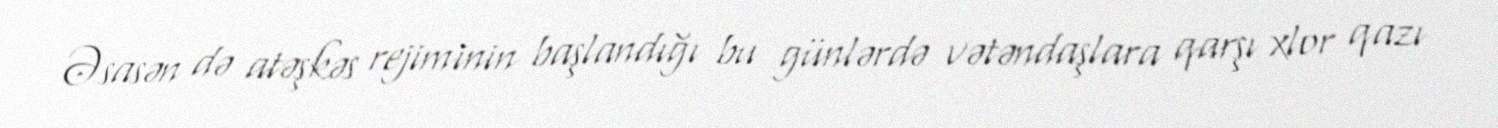
Əsasən də atəşkəs rejiminin başlandığı bu günlərdə vətəndaşlara qarşı xlor qazı